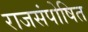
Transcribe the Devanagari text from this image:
राजसंपोषित